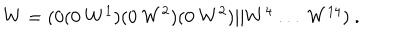
W = ( 0 ( 0 ~ W ^ { 1 } ) ( 0 ~ W ^ { 2 } ) ( 0 ~ W ^ { 2 } ) \vert \vert W ^ { 4 } ~ . . . ~ W ^ { 1 4 } ) ~ .